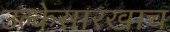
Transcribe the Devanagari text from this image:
उल्केसारखाच